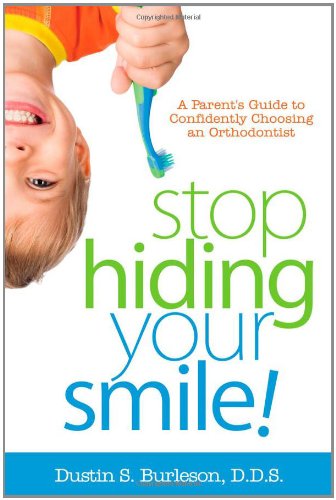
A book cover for Stop Hiding Your Smile! a Parent's Guide to Confidently Choosing an Orthodontist; D. D. S. Dustin S. Burleson; Medical Books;